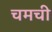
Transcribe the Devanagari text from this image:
चमची